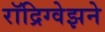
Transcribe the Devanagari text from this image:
रॉद्रिग्वेझने